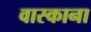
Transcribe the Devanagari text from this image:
वास्काना